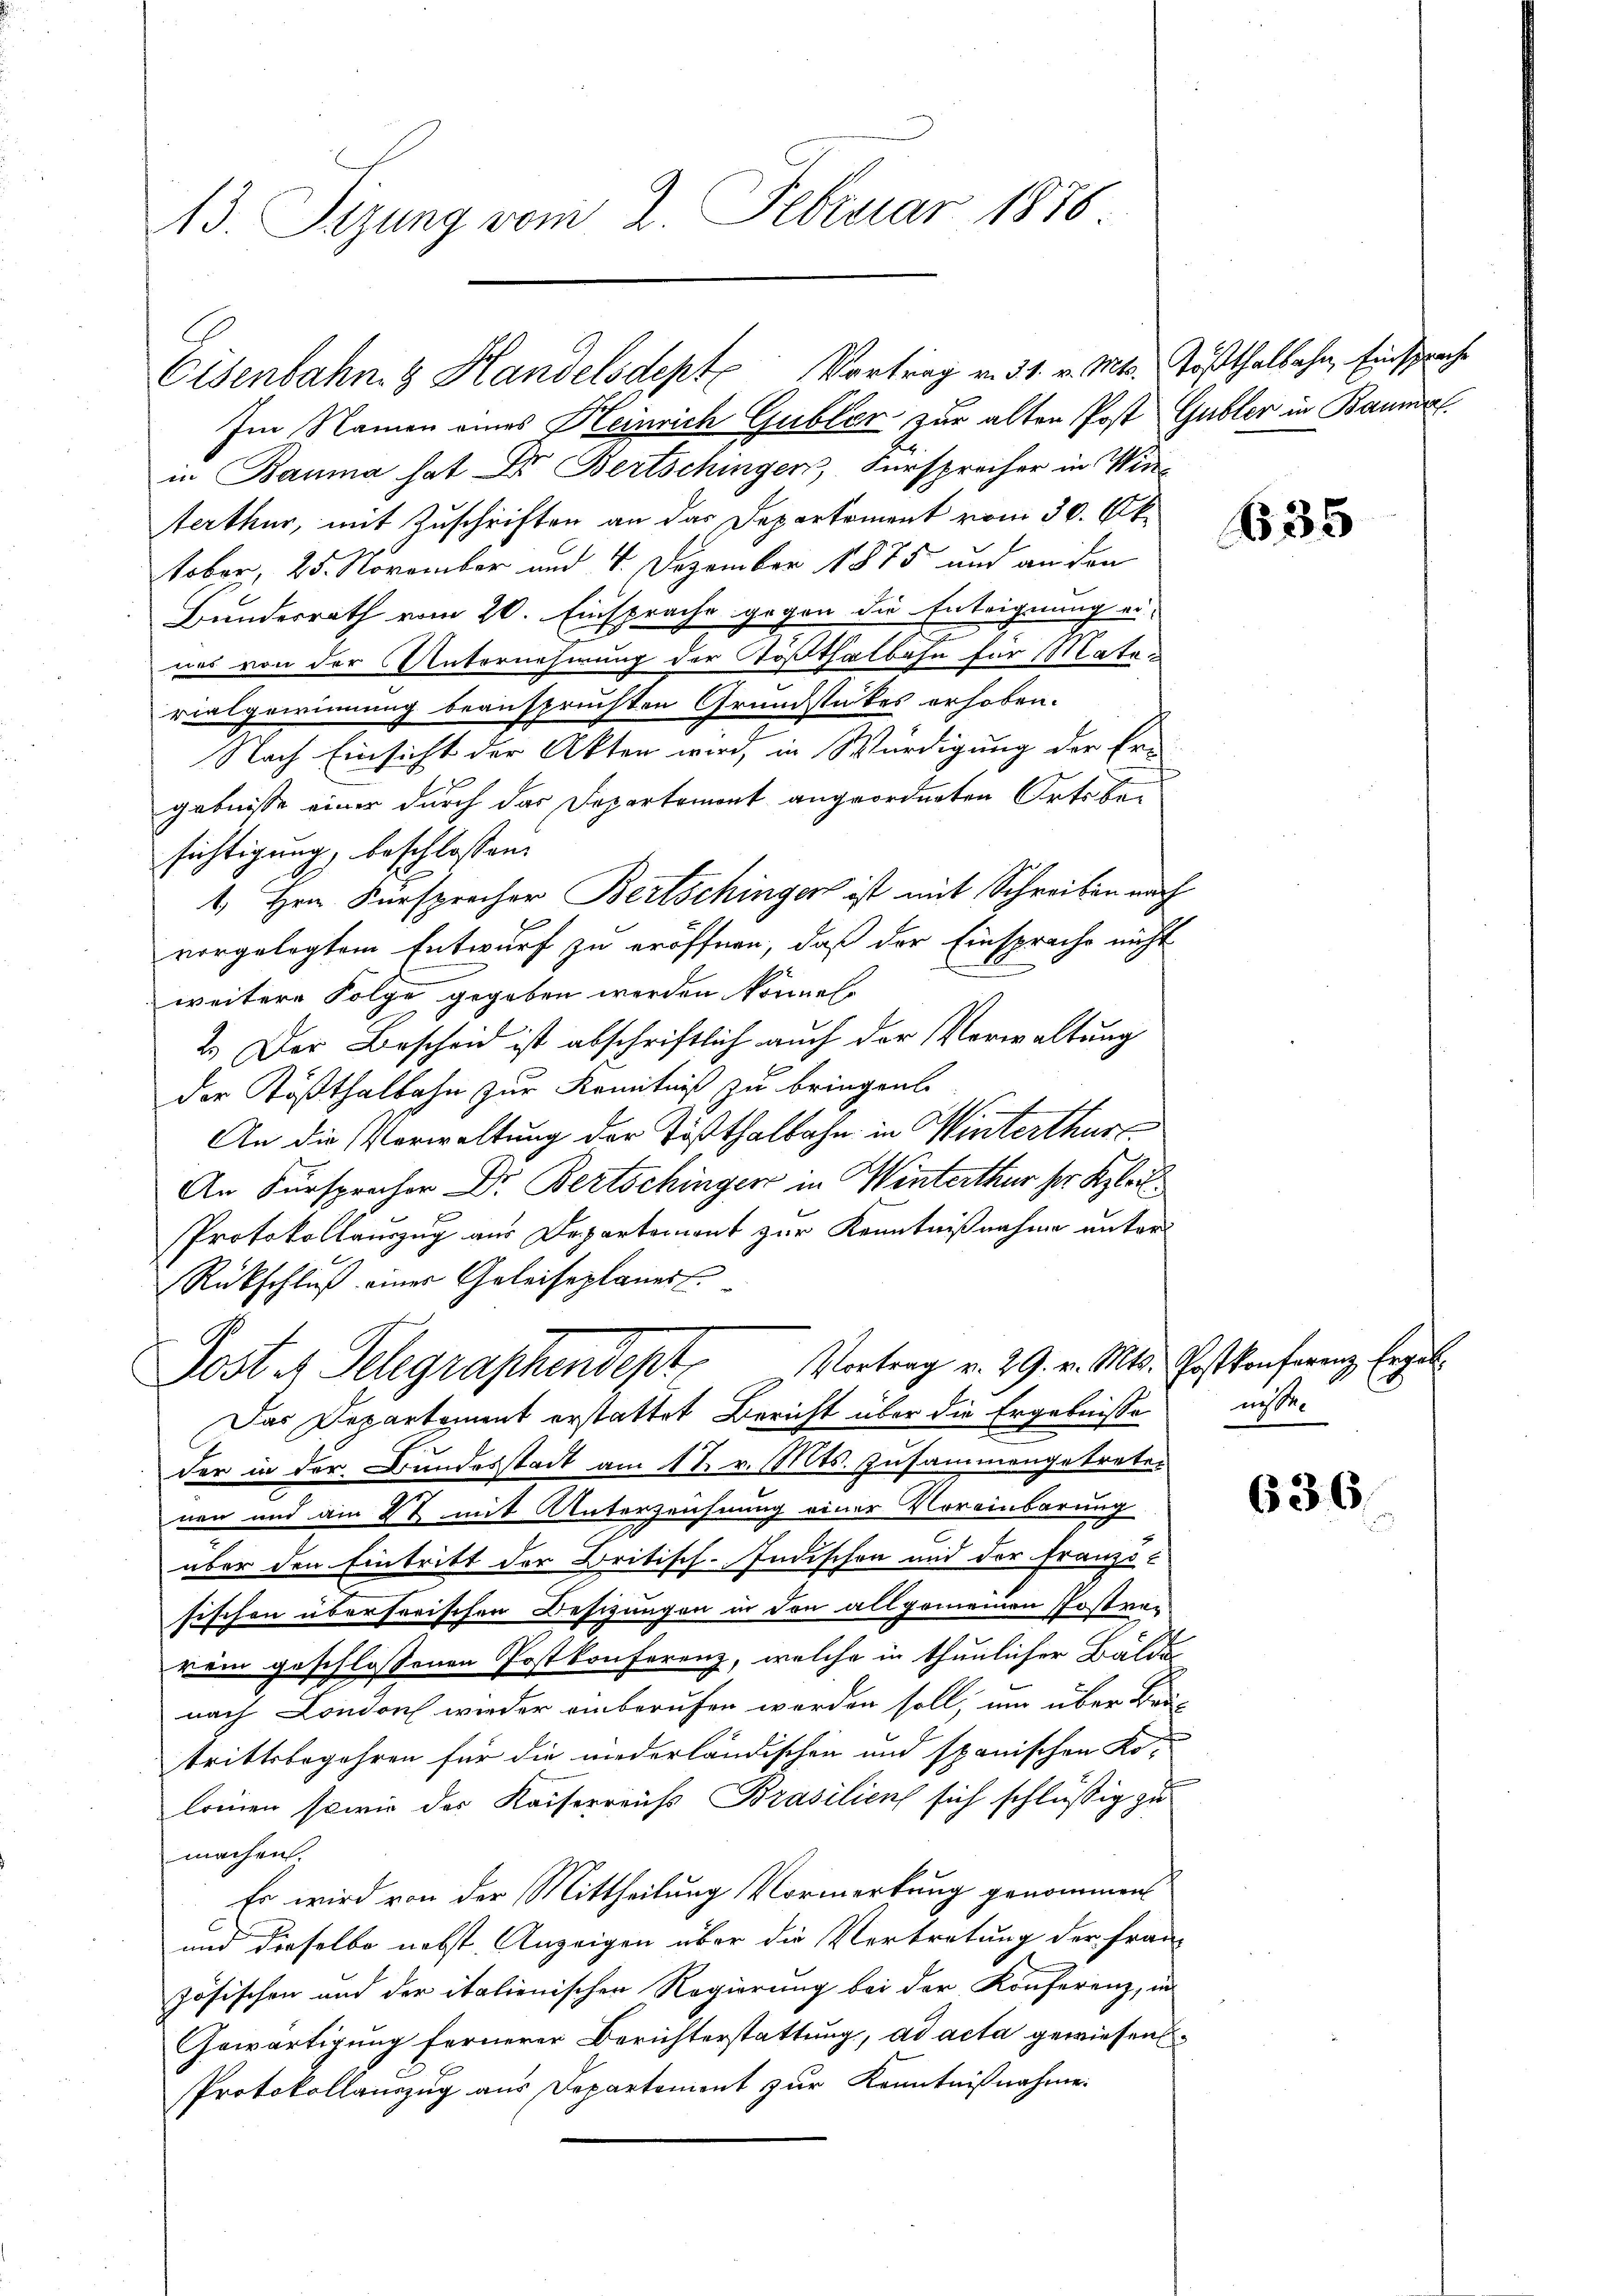
13. Sizung vom 2. Februar 1878

Eisenbahng Handelsdept Vortrag v. 31. v. Mts. Tößthalbahn, Einsprache

Im Namen eines Heinrich Gublic zur alten Post Gubler in Baumel
in Bauma hat Dr. Bertschingen, Fürsprecher in Winerthur, mit Zuschriften an das Departement vom 30. Oktober, 25. November und 4. Dezember 1875 und an den
Bunderrath vom 20. Einsprache gegen die Enteignung ei-
nes von der Unternehmung der Tößthalbahn für Materialgerinnung beanspruchten Grundstückes erhoben.
Nach Einsicht der Akten wird, in Würdigung der Er-
gebnisse einer durch das Departemont angeordneten Orts besichtigung beschlossen:
1. Hrn. Fürsprecher Bertschingen ist mit Schreiben nach
vorgelegtem Entwurf zu eröffnen, daß der Einsprache nicht
weitere Folge gegeben werden können.
2.) Der Bescheid ist abschriftlich auch der Verwaltung
der Kößthalbahn zur Kenntniß zu bringen.
An die Verwaltung der Tößthalbahn in Winterthur
An Fürspracher Dr. Bertschinger in Winterthur ser Klei¬
Protokollauszug aus Departement zur Kenntnißnahme unter
Rückschluß einer Geleiseplanes.
Jost es Telegraphendept Vortrag v. 29. v. Mts. Festkonferenz, Engel
Das Departement erstattet Bericht über die Ergebnisse
der in der Bundesstadt am 18. v. Mts. Zusammengetreter
nen und am 26 mit Unterzeichnung einer Voreinbarung
aber den Eintritt der Britisch-Indischen und der Franzö-
sischen überserischen Besitzungen in den allgemeinen Postverrem geschlossenen Postkonferenz, welche in thunlicher Balde
nach London wieder einberufen werden soll, um über Bau-
trittsbegehren für die niederländischen und spanischen Ko-
mmung
lonnen sowie das Kaiserreiss Brasilien sich schlüssig zu
machen.
Er wird von der Mittheilung Vormerkung genommen
und dieselbe nebst Anzeigen über die Vertretung der Frau
zösischen und der italienischen Regierung bei der Konferenz, in
Gewärtigung fernerer Berichterstattung, ad acta gewiesen¬
Protokollauszug aus Departement zur Kenntnißnahme.

35

niste

636.